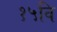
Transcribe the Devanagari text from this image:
१५वि